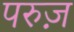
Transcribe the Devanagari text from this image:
परुज़